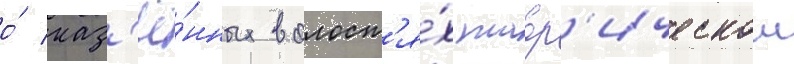
о́ каз'ё́нных волост'я́х тавр'ическои